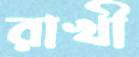
রাখী